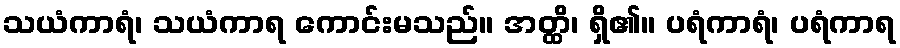
သယံကာရံ၊ သယံကာရ ကောင်းမသည်။ အတ္ထိ၊ ရှိ၏။ ပရံကာရံ၊ ပရံကာရ